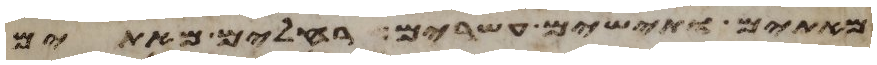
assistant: מאתים ותישים עשרים רחלים מאתים